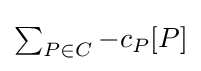
{\textstyle \sum _{P\in C}{-c_{P}[P]}}